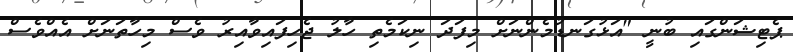
ޕެޓިޝަންގައި ބުނީ "އަޅުގަނޑުމެންނަށް މިފަދަ ނިކަމެތި ހާލު ޖެހިފައިވާއިރު ވެސް މިހާތަނަށް އެއްވެސް